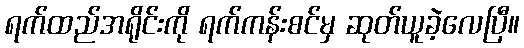
ရက်ထည်အရိုင်းကို ရက်ကန်းစင်မှ ဆုတ်ယူခဲ့လေပြီ။